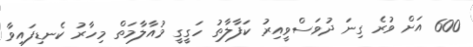
600 އަށް ވުރެ ގިނަ ދުވަސްވީއިރު ކަފާލާތު ހަގީގީ މުއާލާމަތް މިހާރު ކެނޑިފައިވާ